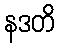
နဒတိ